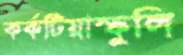
কর্কটিয়াস্ফুলি